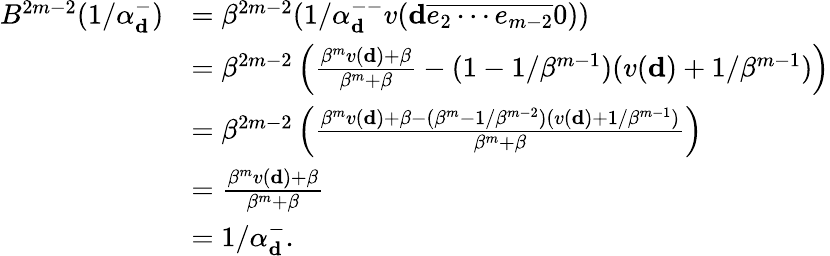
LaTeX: \begin{array}{rl}{B^{2m-2}(1/\alpha_{\mathbf d}^{-})}&{=\beta^{2m-2}(1/\alpha_{\mathbf d}^{--}v(\mathbf d\overline{{e_{2}\cdots e_{m-2}}}0))}\\ &{=\beta^{2m-2}\left(\frac{\beta^{m}v(\mathbf d)+\beta}{\beta^{m}+\beta}-(1-1/\beta^{m-1})(v(\mathbf d)+1/\beta^{m-1})\right)}\\ &{=\beta^{2m-2}\left(\frac{\beta^{m}v(\mathbf d)+\beta-(\beta^{m}-1/\beta^{m-2})(v(\mathbf d)+1/\beta^{m-1})}{\beta^{m}+\beta}\right)}\\ &{=\frac{\beta^{m}v(\mathbf d)+\beta}{\beta^{m}+\beta}}\\ &{=1/\alpha_{\mathbf d}^{-}.}\end{array}